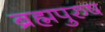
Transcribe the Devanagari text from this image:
ब्रह्मपुरुष